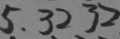
5 . 3 2 3 2